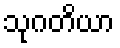
သုဂတိယာ